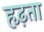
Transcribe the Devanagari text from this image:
हृढ़ता